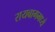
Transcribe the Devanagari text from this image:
रायबागमध्ये